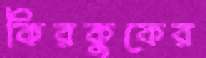
কিরকুকের